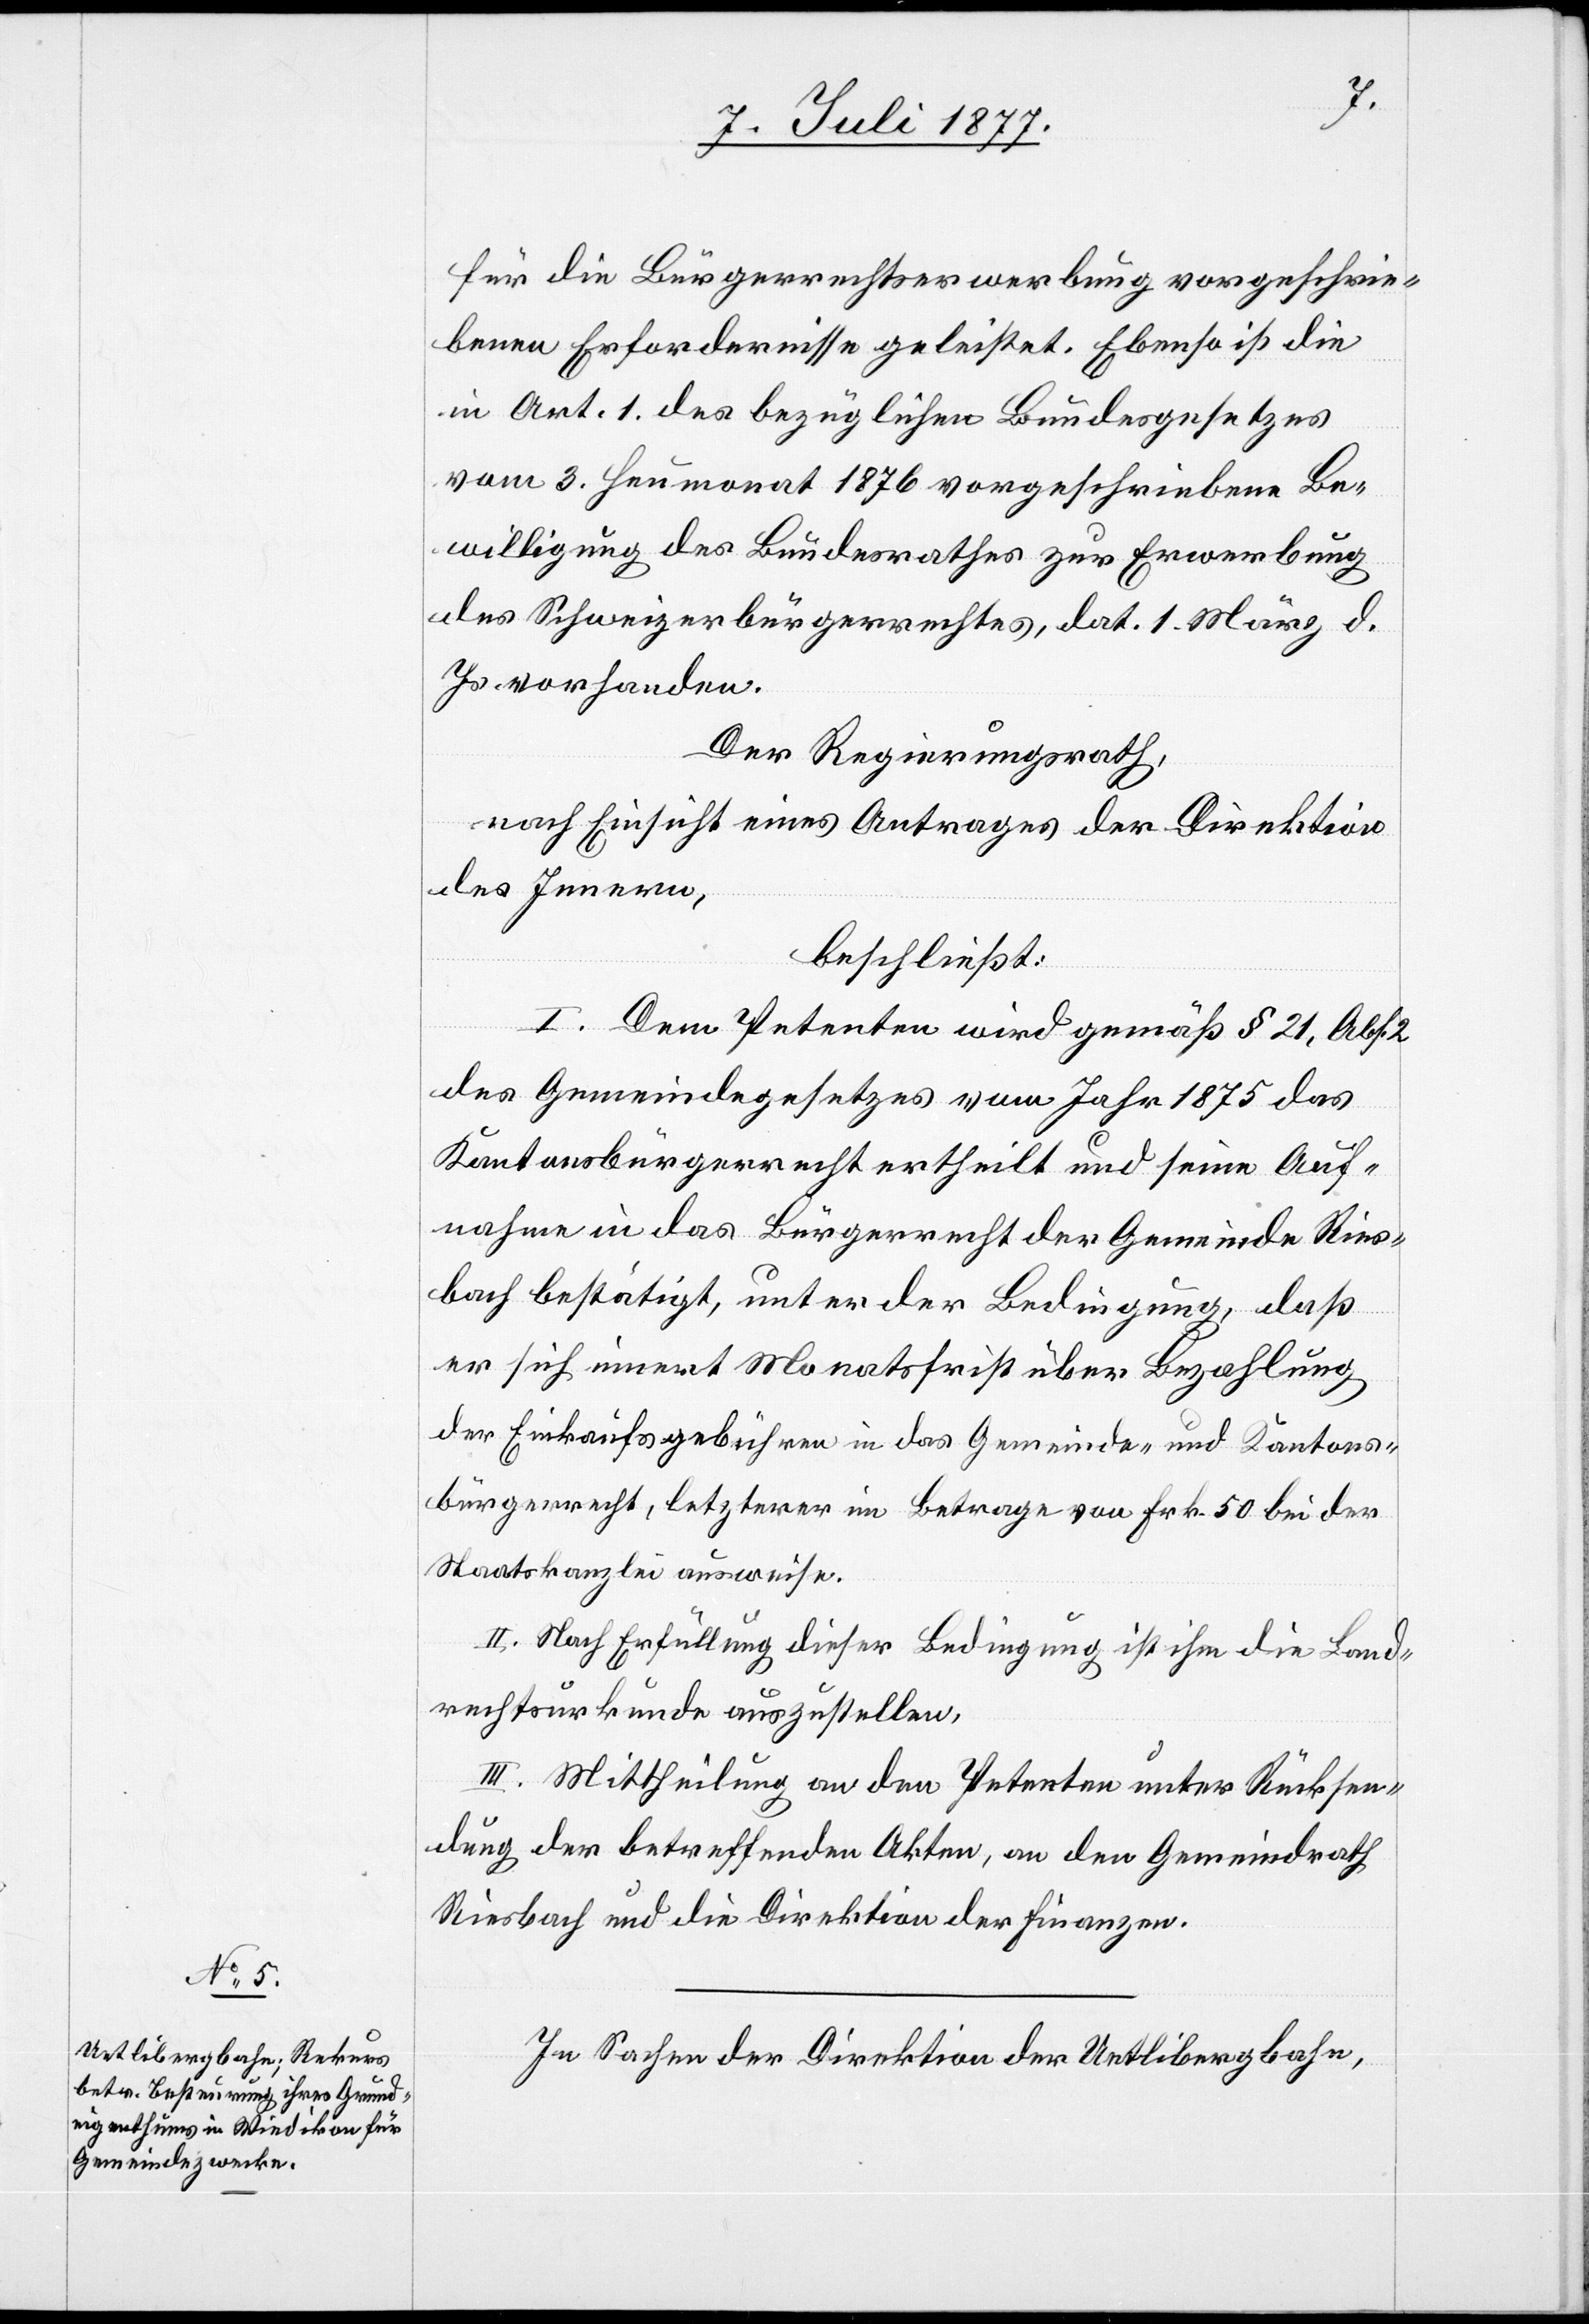
für die Bürgerrechtserwerbung vorgeschrie¬
benen Erfordernisse geleistet. Ebenso ist die
in Art. 1. des bezüglichen Bundesgesetzes
vom 3. Heumonat 1876 vorgeschriebene Be¬
willigung des Bundesrathes zur Erwerbung
des Schweizerbürgerrechtes, dat. 1. März d.
Js. vorhanden.
Der Regierungsrath,
nach Einsicht eines Antrages der Direktion
des Innern,
beschließt:
I. Dem Petenten wird gemäß § 21, Abs.
des Gemeindegesetzes vom Jahr 1875 das
Kantonsbürgerrecht ertheilt und seine Auf¬
nahme in das Bürgerrecht der Gemeinde Ries¬
bach bestätigt, unter der Bedingung, daß
er sich innert Monatsfrist über Bezahlung
der Einkaufsgebühren in das Gemeinde- und Kantons¬
bürgerrecht, letzterer im Betrage von Frk. 50 bei der
Staatskanzlei ausweise.
II. Nach Erfüllung dieser Bedingung ist ihm die Land¬
rechtsurkunde auszustellen.
III. Mittheilung an den Petenten unter Rücksen¬
dung der betreffenden Akten, an den Gemeindrath
Riesbach und die Direktion der Finanzen.
In Sachen der Direktion der Uetlibergbahn,